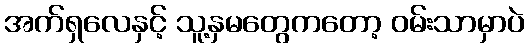
အက်ရှလေနှင့် သူ့နှမတွေကတော့ ဝမ်းသာမှာပဲ